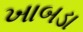
ખાબડા